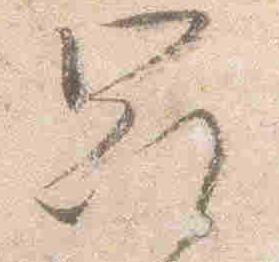
冠